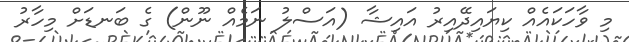
މި ވާހަކައެއް ކިޔައިދޭއިރު އައިޝާ (އަސްލު ނަމެއް ނޫން) ގެ ބަނޑަށް މިހާރު